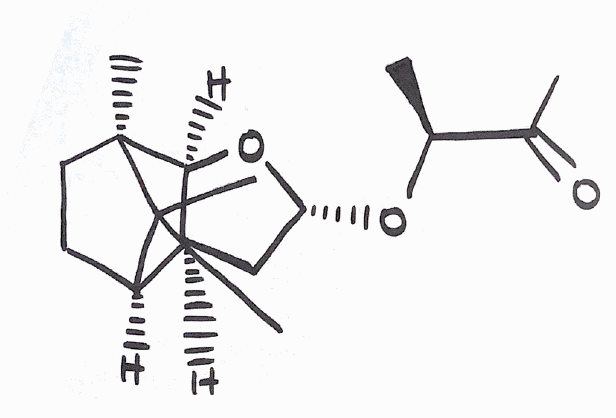
Simplified molecular-input line-entry system (SMILES) notation of the given molecule:
C[C@@H](C(=O)C)O[C@@H]1C[C@H]2[C@H]3CC[C@@]([C@H]2O1)(C3(C)C)C